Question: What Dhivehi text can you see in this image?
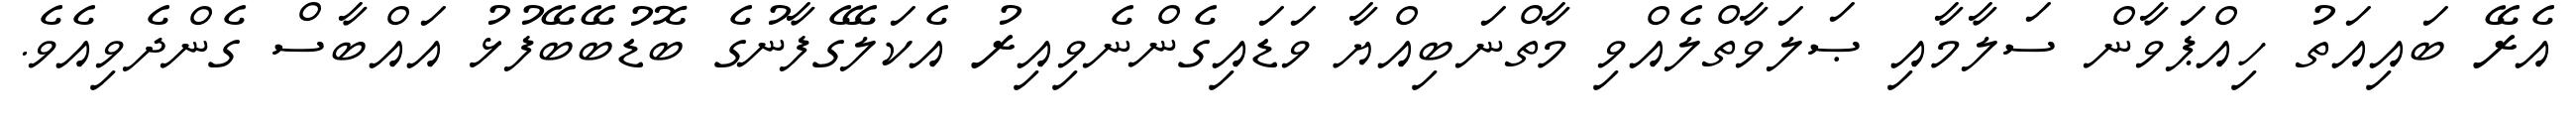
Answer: އެރޭ ބައިއަތު ހިއްޕަވާން ސަލާމާއި ޞަލަވާތްލެއްވި މާތްނަބިއްޔާ ވަޑައިގެންނެވިއިރު އެކަލޭގެފާނުގެ ބޮޑުބޭބޭފުޅު އައްބާސް ގެންދެވިއެވެ.